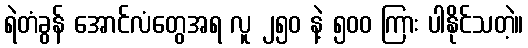
ရဲတံခွန် အောင်လံတွေအရ လူ ၂၅၀ နဲ့ ၅၀၀ ကြား ပါနိုင်သတဲ့။